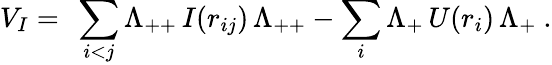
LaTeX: V_{I}=\ \sum_{i<j}\Lambda_{++}\, I(r_{ij})\, \Lambda_{++}-\sum_{i}\Lambda_{+}\, U(r_{i})\, \Lambda_{+}\ .